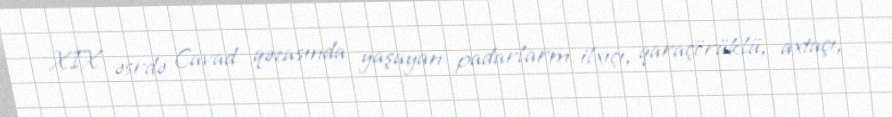
XIX əsrdə Cavad qəzasında yaşayan padarlarm ilxıçı, qaraçörüklü, axtaçı,